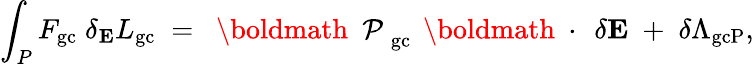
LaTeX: \int_{P}F_{\mathrm{gc}}\; \delta_{\mathbf E}L_{\mathrm{gc}}\; =\; \mathrm{~\boldmath~\cal~P~}_{\mathrm{gc}}\, \mathrm{~\boldmath~\cdot~}\, \delta{\mathbf E}\; +\; \delta\Lambda_{\mathrm{gcP}},